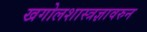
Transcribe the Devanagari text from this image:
खगोलशास्त्रज्ञावरुन